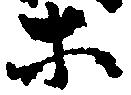
等